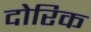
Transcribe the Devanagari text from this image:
दोरिक